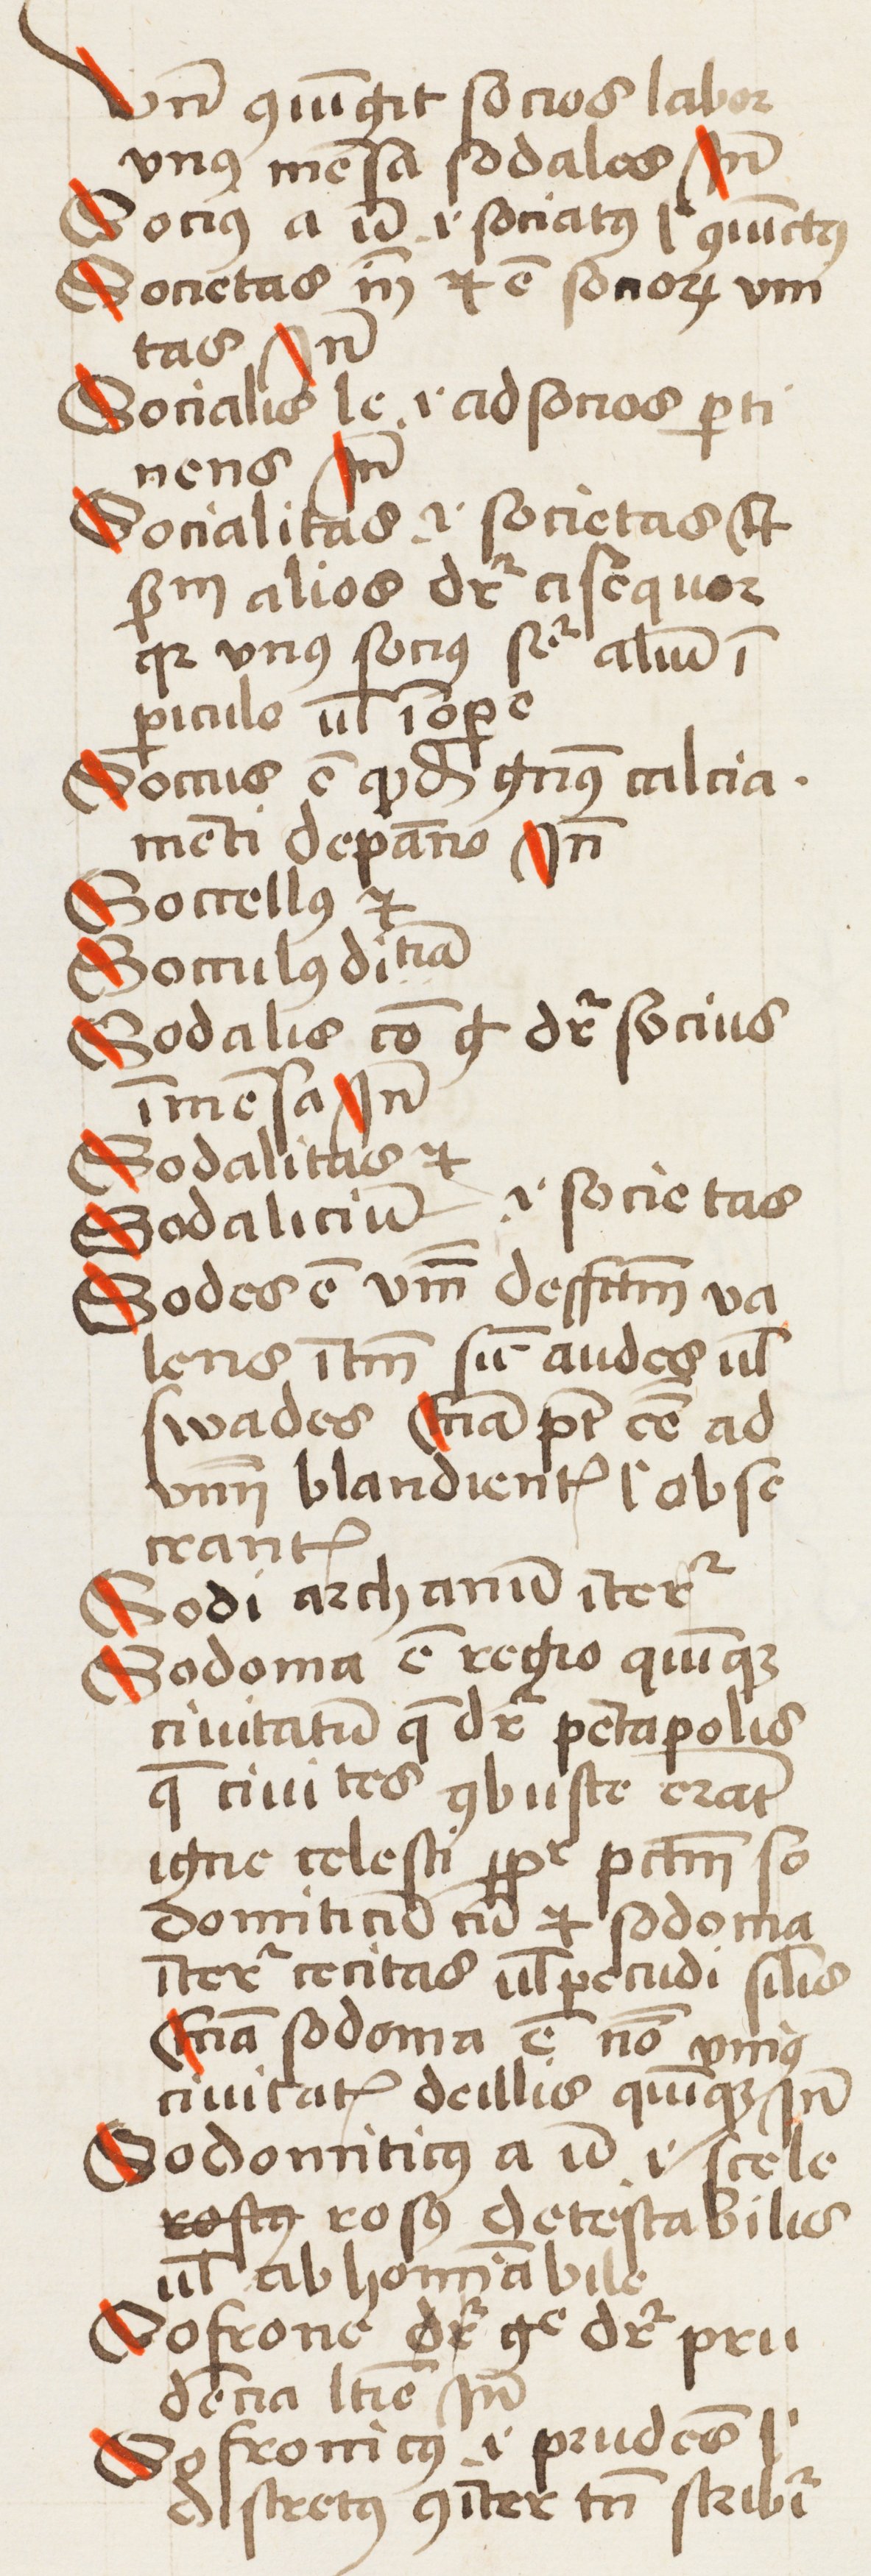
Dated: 1452–1452